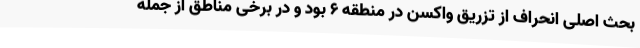
بحث اصلی انحراف از تزریق واکسن در منطقه ۶ بود و در برخی مناطق از جمله